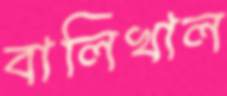
বালিখাল